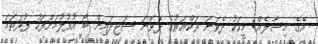
އޭގެ މިސާލެއް: މީހަކު ދެވަނަ ރަކްޢަތުގެ ދެވަނަ ސަޖިދައިން ބޯ އުފުލުމަށްފަހު ފުރަތަމަ